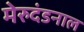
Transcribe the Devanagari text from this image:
मेरुदंडनाल